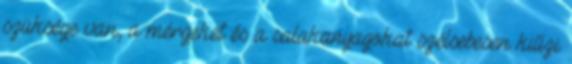
szüksége van, a mérgeket és a salakanyagokat szélsebesen kiűzi